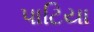
પાટિયા